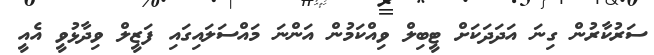
ސަރުކާރުން ގިނަ އަދަދަކަށް ޓީބިލް ވިއްކަމުން އަންނަ މައްސަަލައިގައި ފަޒީލް ވިދާޅުވީ އެއީ